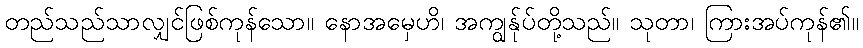
တည်သည်သာလျှင်ဖြစ်ကုန်သော။ နောအမှေဟိ၊ အကျွန်ုပ်တို့သည်။ သုတာ၊ ကြားအပ်ကုန်၏။